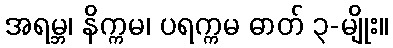
အရမ္ဘ၊ နိက္ကမ၊ ပရက္ကမ ဓာတ် ၃-မျိုး။